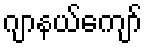
ဂျာနယ်ကျော်